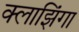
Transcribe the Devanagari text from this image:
क्लाझिंगा